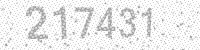
Solution: 217431